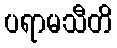
ပရာမသီတိ